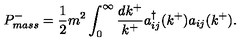
P _ { m a s s } ^ { - } = \frac { 1 } { 2 } m ^ { 2 } \int _ { 0 } ^ { \infty } \frac { d k ^ { + } } { k ^ { + } } a _ { i j } ^ { \dagger } ( k ^ { + } ) a _ { i j } ( k ^ { + } ) .